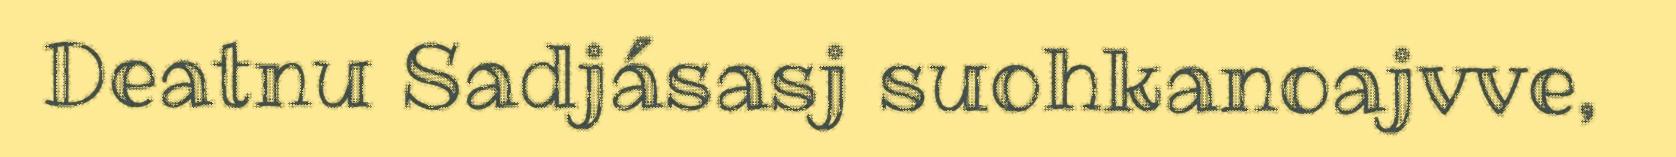
Deatnu Sadjásasj suohkanoajvve,